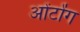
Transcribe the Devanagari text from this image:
ओंटोंग